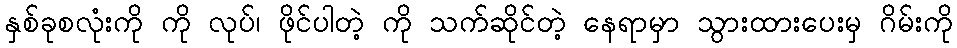
နှစ်ခုစလုံးကို ကို လုပ်၊ ဖိုင်ပါတဲ့ ကို သက်ဆိုင်တဲ့ နေရာမှာ သွားထားပေးမှ ဂိမ်းကို